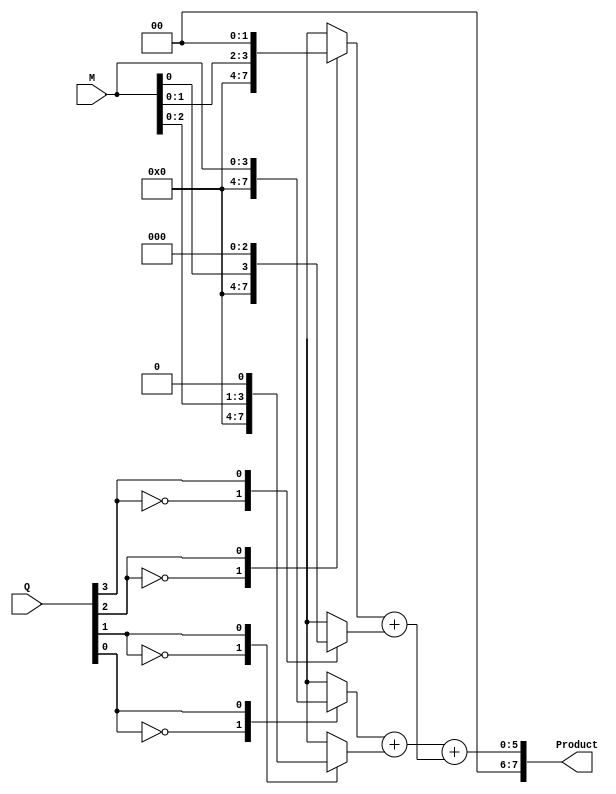
module BoothWallaceTreeMultiplier(
    input signed [3:0] M,  // Multiplicand
    input signed [3:0] Q,  // Multiplier
    output signed [7:0] Product // Product output
);

    reg signed [3:0] P[0:3]; // Partial products
    reg [5:0] sum[0:3];      // Temporary sums for partial products
    integer i;

    // Generate Booth partial products based on Q
    always @(*) begin
        // Initialize partial products to zero
        P[0] = 4'b0000;
        P[1] = 4'b0000;
        P[2] = 4'b0000;
        P[3] = 4'b0000;

        // Booth encoding to create partial products
        for (i = 0; i < 4; i = i + 1) begin
            case (Q[i])
                1'b0: P[i] = 4'b0000; // No product
                1'b1: P[i] = M << i; // Add multiplicand shifted
                default: P[i] = 4'b0000; // No product for other cases
            endcase
        end
    end

    // Wallace Tree Reduction
    wire [4:0] intermediate1, intermediate2;
    wire [5:0] final_sum;
    
    // Level 1: Sum the first three partial products
    assign intermediate1 = P[0] + P[1];
    assign intermediate2 = P[2] + P[3];

    // Level 2: Final summation
    assign final_sum = intermediate1 + intermediate2;

    // Assign the final product output
    assign Product = final_sum;

endmodule